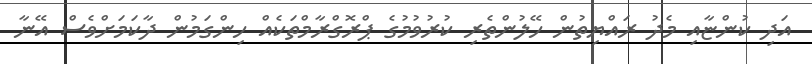
އަދި ކުންޏާއި މެދު ރައްޔިތުން ހޭލުންތެރި ކުރުވުމުގެ ޕްރޮގްރާމްތަކެއް ހިންގަމުން ދާކަމަށްވެސް އޭނާ